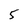
Character: 5